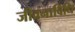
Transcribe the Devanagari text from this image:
जीवनाविधि